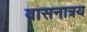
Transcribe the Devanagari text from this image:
वासनात्रय